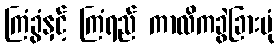
ကြံခွံနှင့် ကြံရည် ကာလိကခွဲခြားပုံ